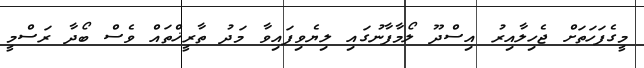
މީގެފަހަތަށް ޖެހިލާއިރު އިސްދޫ ލޯމާފާނުގައި ލިޔެވިފައިވާ މަދު ތާރީޚްތައް ވެސް ބޯދާ ރަސްމީ